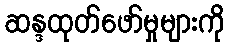
ဆန္ဒထုတ်ဖော်မှုများကို